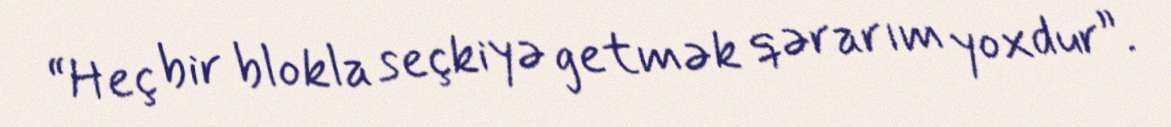
“Heç bir blokla seçkiyə getmək qərarım yoxdur”.